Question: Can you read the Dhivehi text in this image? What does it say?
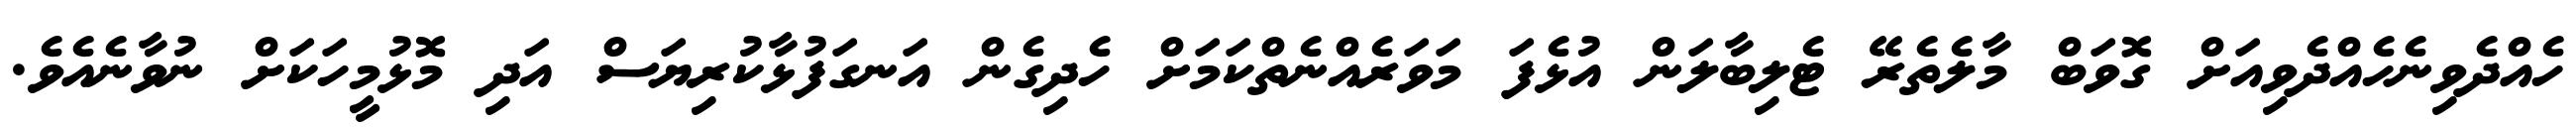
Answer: ހެއްދެވިނެހެއްދެވިއަށް ގޮވަބް މާލެތެރޭ ޓެލިބާލަން އުޅެފަ މަވަރެއްނެތްކަމަށް ހެދިގެން އަނގަފުޅާކުރިޔަސް އަދި މޮޅުމީހަކަށް ނުވާނެއެވެ.